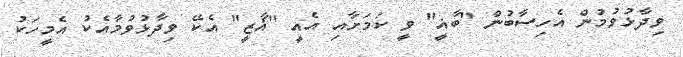
ވިދާޅުވުމުން އެހިސާބުން "ބާޣީ" ވީ ކަމަށާއި އެއީ "ޣާޒީ" އެކޭ ވިދާޅުވުމާއެކު އެމީހަކު